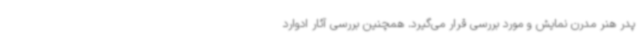
پدر هنر مدرن نمایش و مورد بررسی قرار می‌گیرد. همچنین بررسی آثار ادوارد